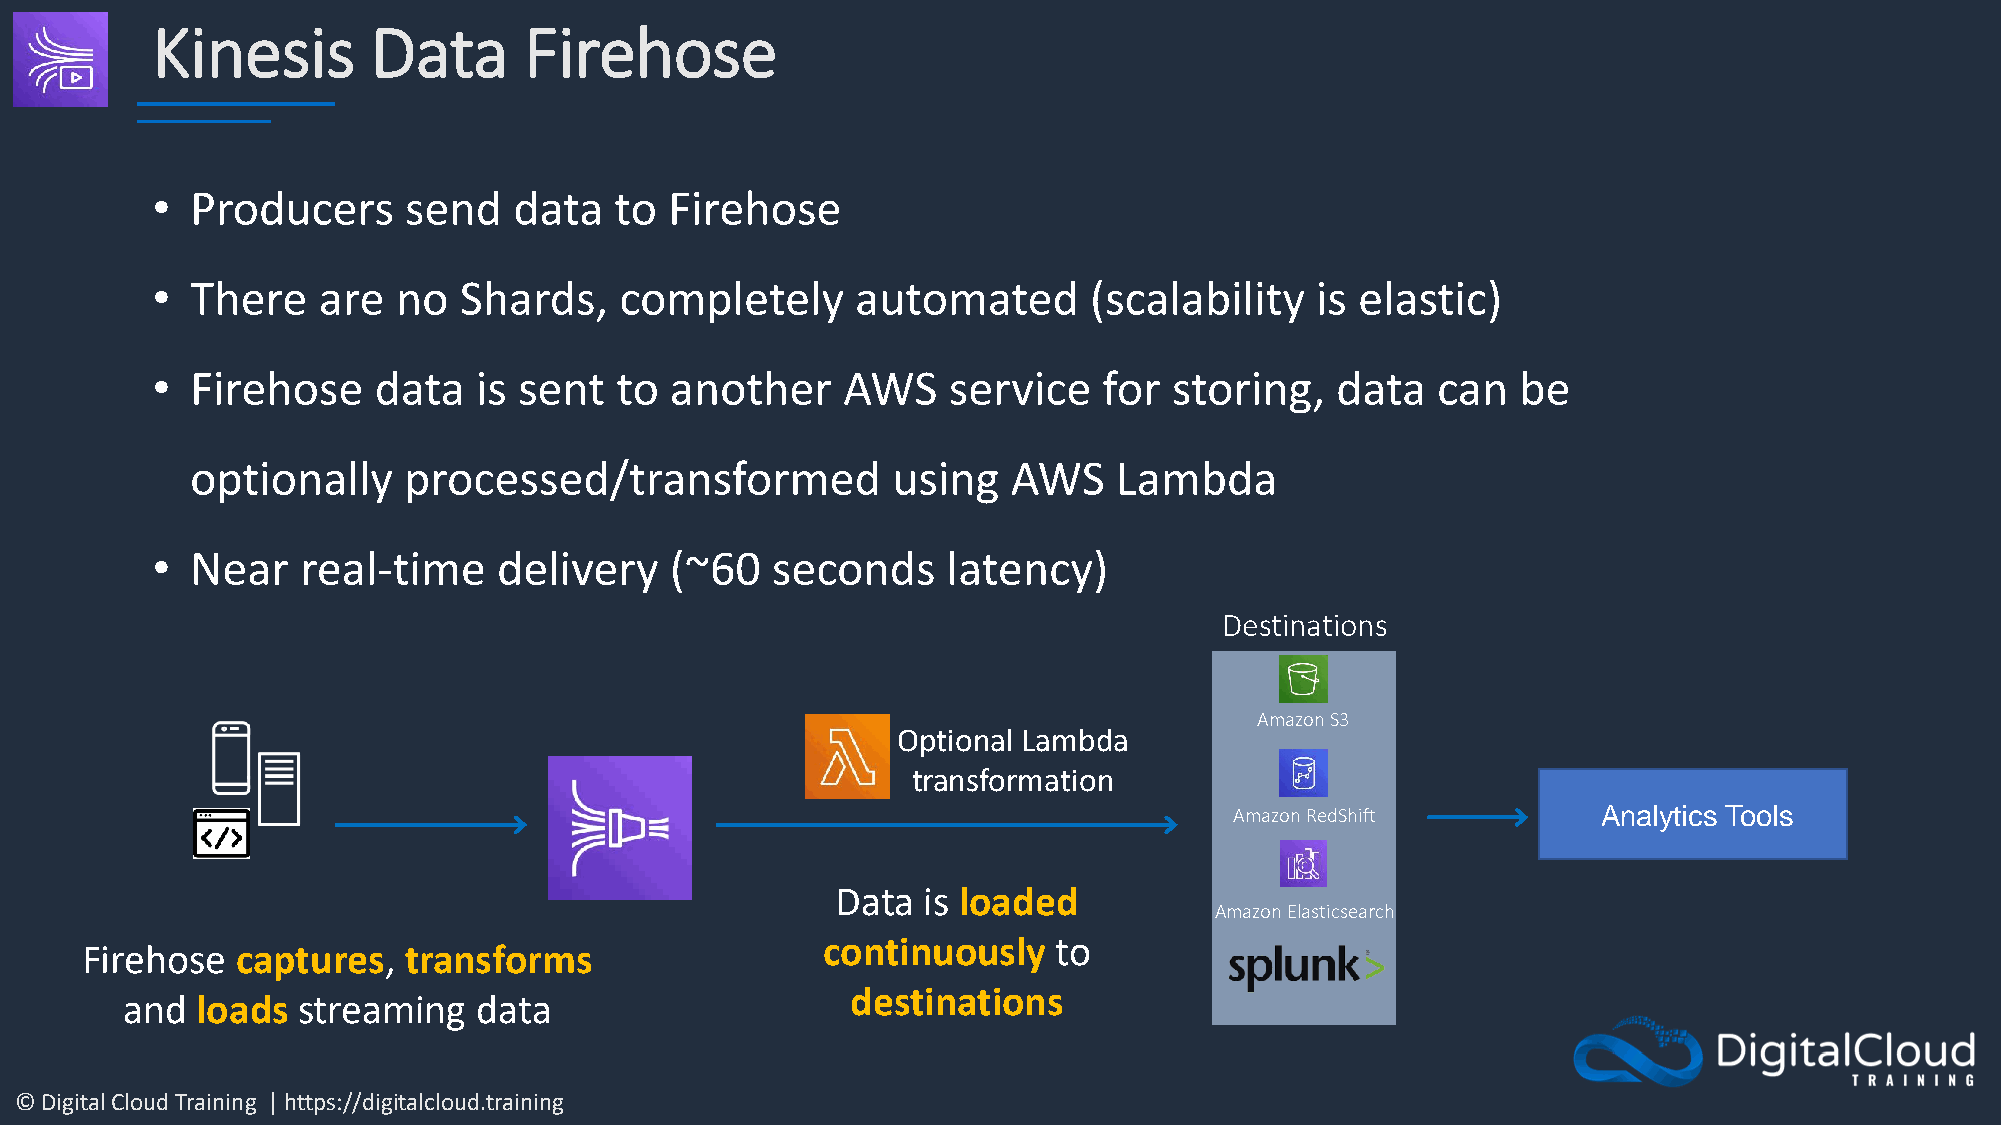
Kinesis        Data      Firehose
 •  Producers     send   data   to Firehose
 •  There   are  no  Shards,    completely      automated      (scalability   is elastic)
 •  Firehose    data  is sent   to another     AWS    service   for  storing,  data   can   be
 optionally    processed/transformed           using   AWS    Lambda
 •  Near   real-time    delivery   (~60   seconds     latency)
 Destinations
 Amazon S3
 Optional Lambda
 transformation
 Amazon RedShift         Analytics Tools
 Data  is loaded
 Amazon Elasticsearch
 continuously    to
 Firehose   captures,  transforms
 destinations
 and  loads  streaming   data
 © Digital Cloud Training | https://digitalcloud.training